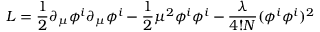
{ \cal L } = \frac { 1 } { 2 } \partial _ { \mu } \phi ^ { i } \partial _ { \mu } \phi ^ { i } - \frac { 1 } { 2 } \mu ^ { 2 } \phi ^ { i } \phi ^ { i } - \frac { \lambda } { 4 ! N } ( \phi ^ { i } \phi ^ { i } ) ^ { 2 }